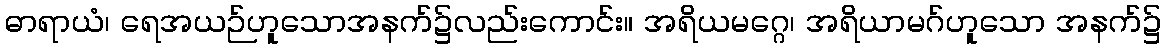
ဓာရာယံ၊ ရေအယဉ်ဟူသောအနက်၌လည်းကောင်း။ အရိယမဂ္ဂေ၊ အရိယာမဂ်ဟူသော အနက်၌